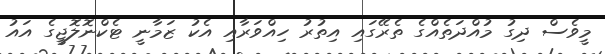
މީވެސް ދިގު މުއްދަތެއްގެ ތެރޭގައި އިތުރު ހިއްވަރާއި އެކު ޒަމާނީ ޓެކްނޮލޮޖީގެ އައު